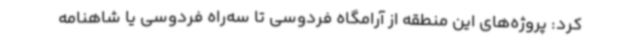
کرد: پروژه‌های این منطقه از آرامگاه فردوسی تا سه‌راه فردوسی یا شاهنامه